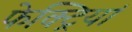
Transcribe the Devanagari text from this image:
फेक्ट्रियां